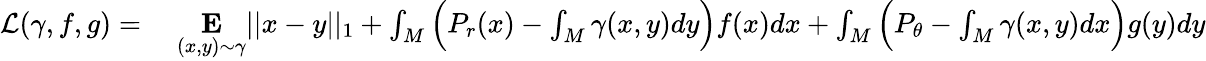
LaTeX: \begin{array}{rl}{\mathcal{L}(\gamma,f,g)={}}&{{}\underset{(x,y)\sim\gamma}{\mathbf{E}}||x-y||_{1}+\int_{M}\Big(P_{r}(x)-\int_{M}\gamma(x,y)dy\Big)f(x)dx+\int_{M}\Big(P_{\theta}-\int_{M}\gamma(x,y)dx\Big)g(y)dy}\end{array}